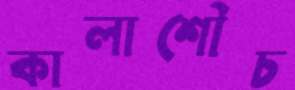
কালাশৌচ